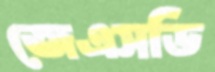
জেএসডি